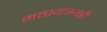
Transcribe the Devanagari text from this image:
मत्स्यभक्षी